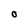
Character: O